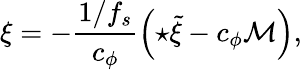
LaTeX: \xi=-\frac{1/f_{s}}{c_{\phi}}\left({\star\tilde{\xi}}-c_{\phi}{\cal M}\right),